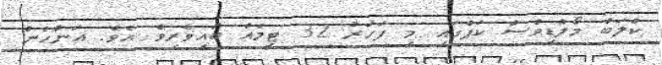
ކްލަބް މޯލްޑިވްސް ކަޕްގައި މި ފަހަރު 32 ޓީމެއް ބައިވެރިވެ އެވެ. އަންހެން